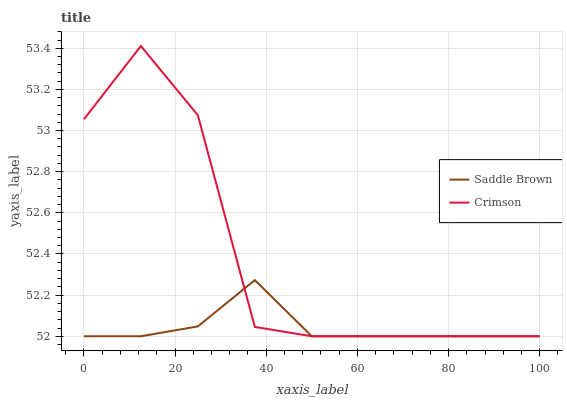
| xaxis_label | Saddle Brown | Crimson |
 | --- | --- | --- |
 | 0 | 52 | 53.1 |
 | 12.5 | 52 | 53.4 |
 | 25 | 52 | 53.1 |
 | 37.5 | 52.3 | 52 |
 | 50 | 52 | 52 |
 | 62.5 | 52 | 52 |
 | 75 | 52 | 52 |
 | 87.5 | 52 | 52 |
 | 100 | 52 | 52 |